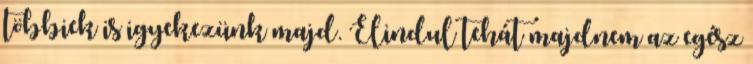
többiek is igyekezünk majd. Elindul tehát majdnem az egész